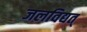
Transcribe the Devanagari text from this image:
जलविद्यत्